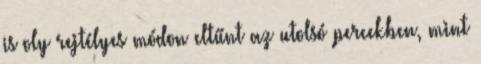
is oly rejtélyes módon eltűnt az utolsó percekben, mint